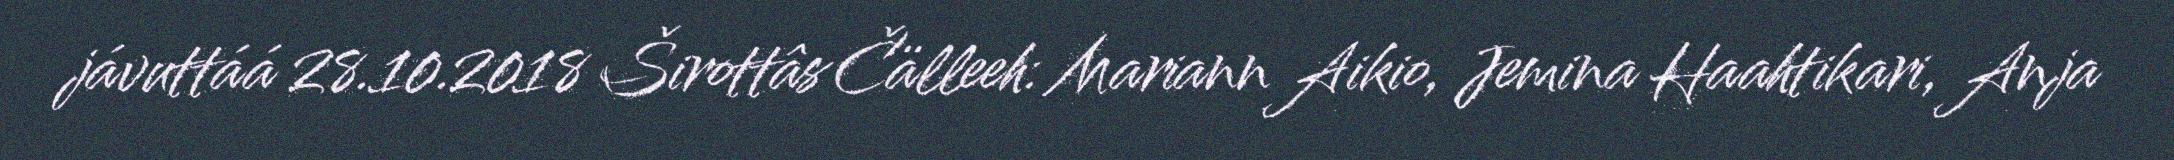
jávuttáá 28.10.2018 Širottâs Čälleeh: Mariann Aikio, Jemina Haahtikari, Anja